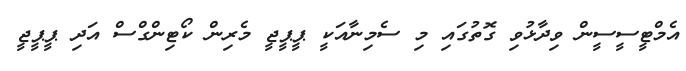
އެމްޓީސީސީން ވިދާޅުވި ގޮތުގައި މި ސެމިނާއަކީ ޕީޕީޖީ މެރިން ކޯޓިންގްސް އަދި ޕީޕީޖީ